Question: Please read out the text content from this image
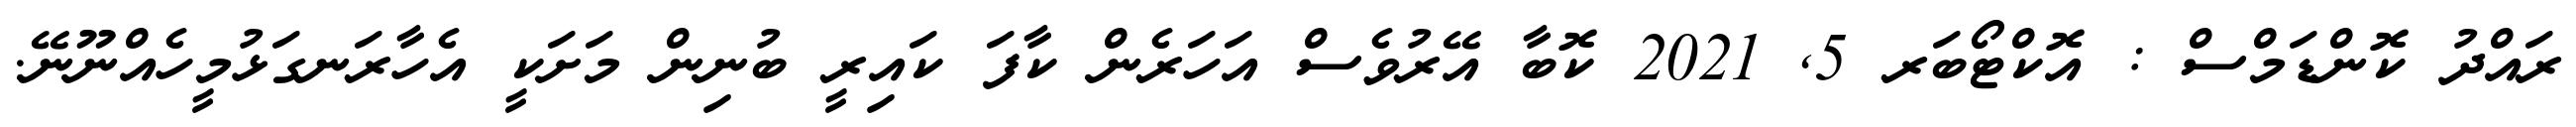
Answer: ރައްދު ކޮންޑަމްސް : އޮކްޓޯބަރ 5, 2021 ކޮބާ އޭރުވެސް އަހަރެން ކާފަ ކައިރީ ބުނިން މަށަކީ އެހާރަނގަޅުމީހެއްނޫނޭ.